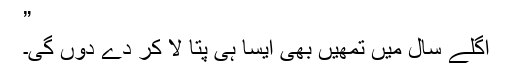
”
اگلے سال میں تمھیں بھی ایسا ہی پتا لا کر دے دوں گی۔